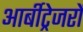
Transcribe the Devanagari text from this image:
आर्बीट्रेजरों